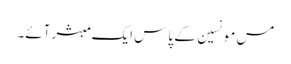
مس مونسین کے پاس ایک مبشر آئے۔